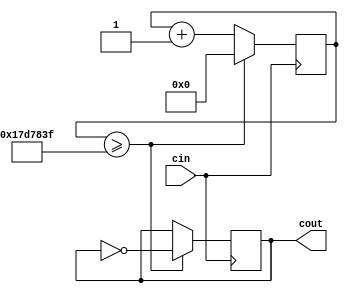
module ClockDividerSLOW(cin,cout);
	 // Based on (corrected) code from fpga4student.com
	 // cin is the input clock; if from the DE10-Lite,
	 // the input clock will be at 50 MHz
	 // The clock divider toggles cout every 25 million
	 // cycles of the input clock
	 input cin;
	 output reg cout;
	 reg[31:0] count; 
	 parameter D = 32'd25000000; //32'd25000000;
	 always @(posedge cin) begin
		 count <= count + 32'd1;
		 if (count >= (D-1)) begin
			 cout <= ~cout;
			 count <= 32'd0;
		 end
	 end
endmodule